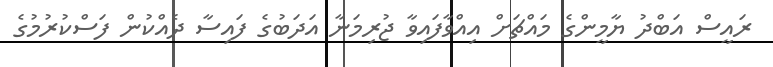
ރައީސް އަބްދު ޔާމީންގެ މައްޗަށް އިއްވާފައިވާ ޖުރިމަނާ އަދަބުގެ ފައިސާ ދެއްކުން ފަސްކުރުމުގެ